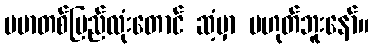
ဗမာတစ်ပြည်လုံးတောင် ဆံ့မှာ မဟုတ်ဘူးနော်။